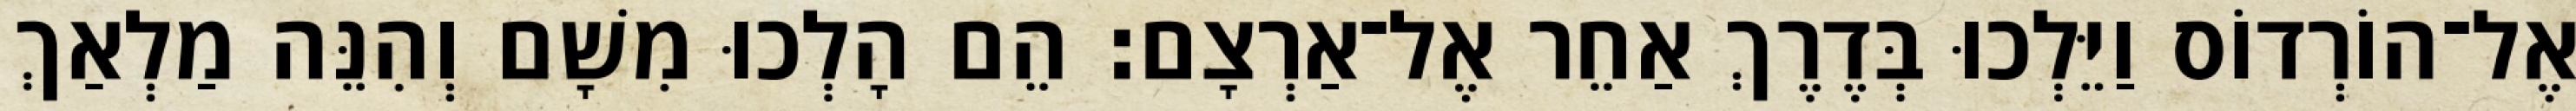
אֶל־הוֹרְדוֹס וַיֵּלְכוּ בְּדֶרֶךְ אַחֵר אֶל־אַרְצָם׃ הֵם הָלְכוּ מִשָׁם וְהִנֵּה מַלְאַךְ